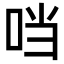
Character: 𪠽